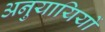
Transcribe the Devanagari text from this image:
अनुयायियों